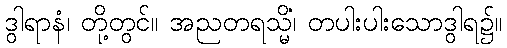
ဒွါရာနံ၊ တို့တွင်။ အညတရသ္မိံ၊ တပါးပါးသောဒွါရ၌။